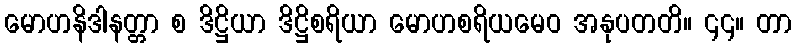
မောဟနိဒါနတ္တာ စ ဒိဋ္ဌိယာ ဒိဋ္ဌိစရိယာ မောဟစရိယမေဝ အနုပတတိ။ ၄၄။ တာ